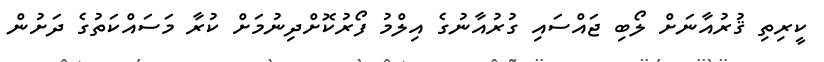
ކީރިތި ޤުރުއާނަށް ލޯބި ޖައްސައި ގުރުއާނުގެ އިލްމު ފޯރުކޮށްދިނުމަށް ކުރާ މަސައްކަތުގެ ދަށުން